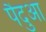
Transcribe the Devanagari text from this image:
पैदुआ